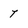
Character: 7